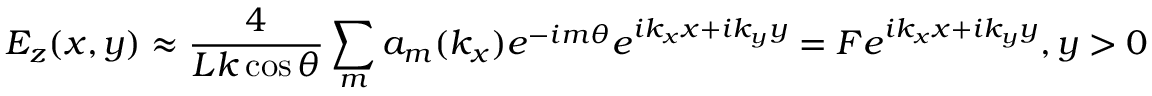
E _ { z } ( x , y ) \approx \frac { 4 } { L k \cos \theta } \sum _ { m } a _ { m } ( k _ { x } ) e ^ { - i m \theta } e ^ { i k _ { x } x + i k _ { y } y } = F e ^ { i k _ { x } x + i k _ { y } y } , y > 0